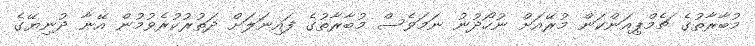
މުބާރާތުގެ ޗެމްޕިއަންކަން މުރޭއަށް ނުހޯދުނު ނަމަވެސް މުބާރާތުގެ ފައިނަލަށް ދަތުރުކުރެވުމުން އޭނާ ދުނިޔޭގެ